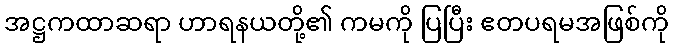
အဋ္ဌကထာဆရာ ဟာရနယတို့၏ ကမကို ပြပြီး ဧတပရမအဖြစ်ကို